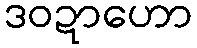
ဒဝဍာဟော